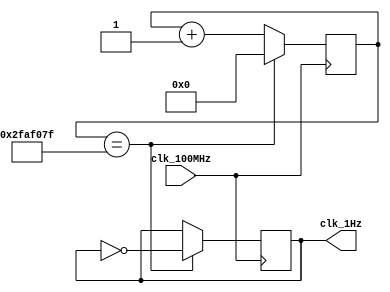
`timescale 1ns / 1ps

module oneHz_gen(
    input clk_100MHz,
    output clk_1Hz
    );
    
    reg r_1Hz = 0;
    reg [25:0] r_counter = 0;
    
    always @(posedge clk_100MHz)
        if(r_counter == 49_999_999) begin
            r_counter <= 0;
            r_1Hz <= ~r_1Hz;
        end
        else
            r_counter <= r_counter + 1;
    
    assign clk_1Hz = r_1Hz;
    
endmodule